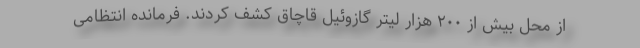
از محل بیش از ۲۰۰ هزار لیتر گازوئیل قاچاق کشف کردند. فرمانده انتظامی